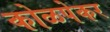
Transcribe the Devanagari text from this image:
कोळपेकर